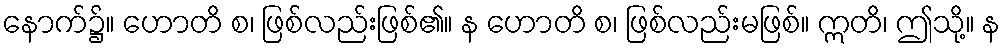
နောက်၌။ ဟောတိ စ၊ ဖြစ်လည်းဖြစ်၏။ န ဟောတိ စ၊ ဖြစ်လည်းမဖြစ်။ ဣတိ၊ ဤသို့။ န